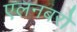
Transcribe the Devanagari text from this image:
एलनबरो